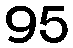
95